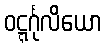
ဝဋ္ဋင်္ဂုလိယော